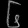
Digit: ၆